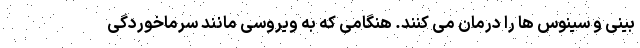
بینی و سینوس ها را درمان می کنند. هنگامی که به ویروسی مانند سرماخوردگی